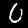
Label: 0